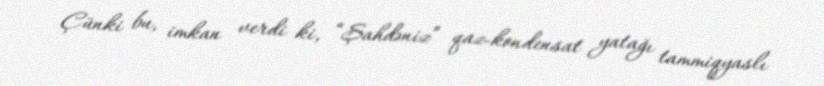
Çünki bu, imkan verdi ki, “Şahdəniz” qaz-kondensat yatağı tammiqyaslı